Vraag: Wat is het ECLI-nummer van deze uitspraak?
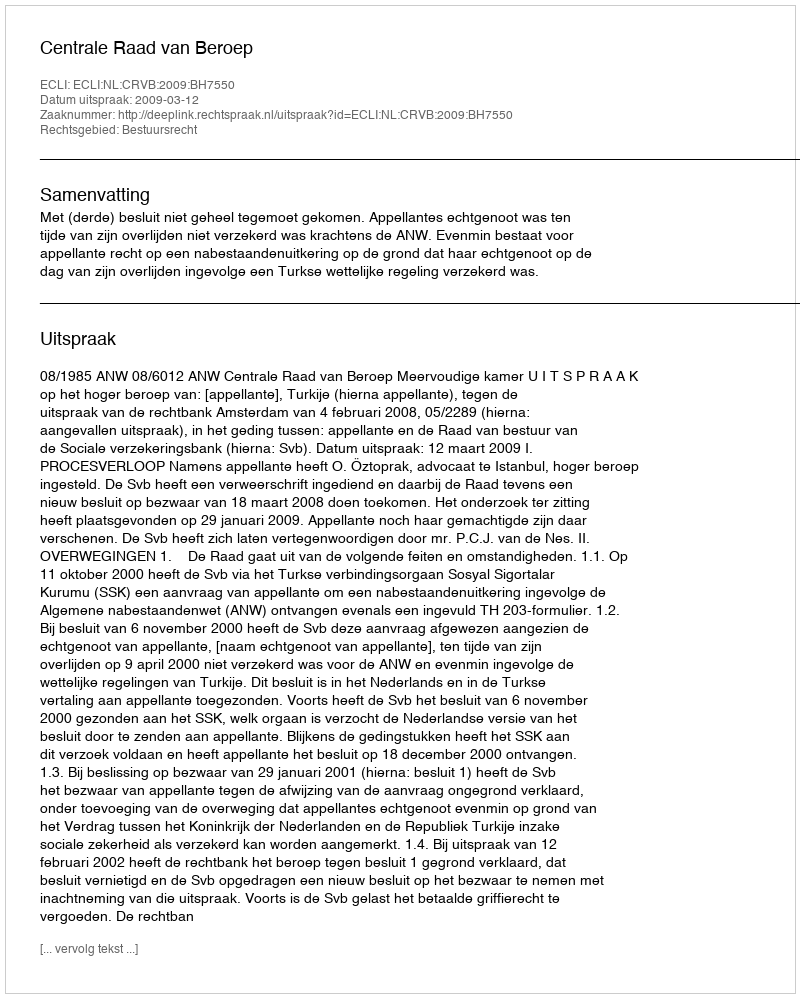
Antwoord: ECLI:NL:CRVB:2009:BH7550